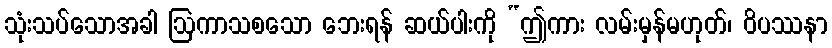
သုံးသပ်သောအခါ ဩကာသစသော ဘေးရန် ဆယ်ပါးကို “ဤကား လမ်းမှန်မဟုတ်၊ ဝိပဿနာ